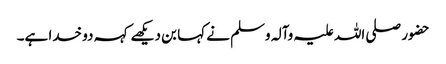
حضور صلی اللہ علیہ وآلہ وسلم نے کہا بن دیکھے کہہ دو خدا ہے۔